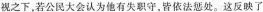
视之下，若公民大会认为他有失职守，皆依法惩处。这反映了